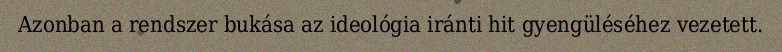
Azonban a rendszer bukása az ideológia iránti hit gyengüléséhez vezetett.